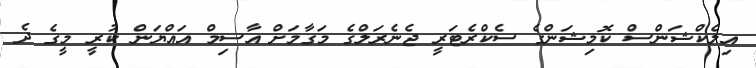
އިލެކްޝަންސް ކޮމިޝަންގެ ސެކްރެޓަރީ ޖެނެރަލްގެ މަގާމަށް އާސިމް އައްޔަން ކުރީ މީގެ ދެ